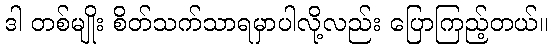
ဒါ တစ်မျိုး စိတ်သက်သာရမှာပါလို့လည်း ပြောကြည့်တယ်။